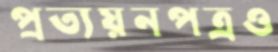
প্রত্যয়নপত্রও